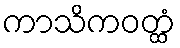
ကာသိကဝတ္ထံ